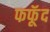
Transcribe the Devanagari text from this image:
फफूॅद